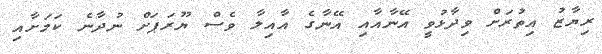
ރިޔާޒު އިތުރަށް ވިދާޅުވީ އޭނާއާއި އޭނާގެ އާއިލާ ވެސް ޔޫރަޕަށް ނުދާނެ ކަމަށާއި